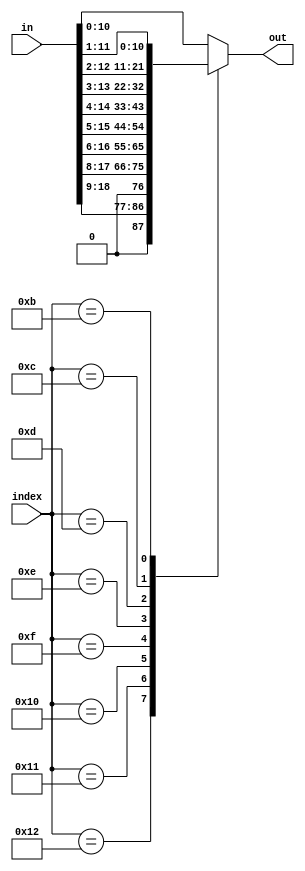
// This file is part of the Cornell University Hardware GPS Receiver Project.
// Copyright (C) 2009 - Adam Shapiro (ams348@cornell.edu)
//                      Tom Chatt (tjc42@cornell.edu)
//
// This program is free software; you can redistribute it and/or modify
// it under the terms of the GNU General Public License as published by
// the Free Software Foundation; either version 2 of the License, or
// (at your option) any later version.
//
// This program is distributed in the hope that it will be useful,
// but WITHOUT ANY WARRANTY; without even the implied warranty of
// MERCHANTABILITY or FITNESS FOR A PARTICULAR PURPOSE. See the
// GNU General Public License for more details.
//
// You should have received a copy of the GNU General Public License
// along with this program; if not, write to the Free Software
// Foundation, Inc., 59 Temple Place, Suite 330, Boston, MA 02111-1307 USA
module dll_truncate(
    input [4:0]       index,
    input [18:0]      in,
    output reg [10:0] out);

   //FIXME Parameters with preprocessor or defines.
   parameter INDEX_WIDTH = 1;
   parameter INPUT_WIDTH = 1;
   parameter OUTPUT_WIDTH = 1;
   
   always @(index or in) begin
      case(index)
        /*generate
           genvar i;
           for(i=INPUT_WIDTH-1;i>=OUTPUT_WIDTH;i=i-1) begin : trunc_gen
              INDEX_WIDTH'di: out <= in[i:i-(OUTPUT_WIDTH-1)];
           end
        default: out <= in[OUTPUT_WIDTH-1:0];
        endgenerate*/
        5'd18: out <= in[18:9];
        5'd17: out <= in[17:8];
        5'd16: out <= in[16:6];
        5'd15: out <= in[15:5];
        5'd14: out <= in[14:4];
        5'd13: out <= in[13:3];
        5'd12: out <= in[12:2];
        5'd11: out <= in[11:1];
        default: out <= in[10:0];
      endcase
   end
endmodule